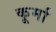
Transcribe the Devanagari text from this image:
कूर्मा